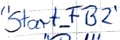
Text: "Start_FB2"